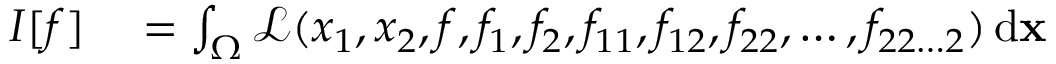
\begin{array} { r l } { I [ f ] } & { { } = \int _ { \Omega } { \mathcal { L } } ( x _ { 1 } , x _ { 2 } , f , f _ { 1 } , f _ { 2 } , f _ { 1 1 } , f _ { 1 2 } , f _ { 2 2 } , \dots , f _ { 2 2 \dots 2 } ) \, \mathrm { d } \mathbf { x } } \end{array}